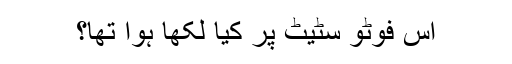
اُس فوٹو سٹیٹ پر کیا لکھا ہوا تھا؟